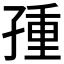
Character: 𡥿